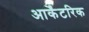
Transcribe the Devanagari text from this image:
आर्केंटरिक